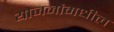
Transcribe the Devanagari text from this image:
योजनांमधील